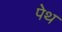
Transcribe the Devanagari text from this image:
पेथ